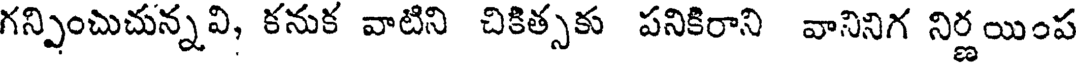
గన్పించుచున్నవి, కనుక వాటిని చికిత్సకు పనికిరాని వానినిగ నిర్ణయింప